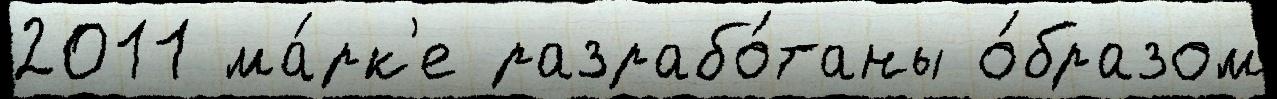
2011 ма́рк'е разрабо́таны о́бразом